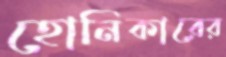
হোনিকারের